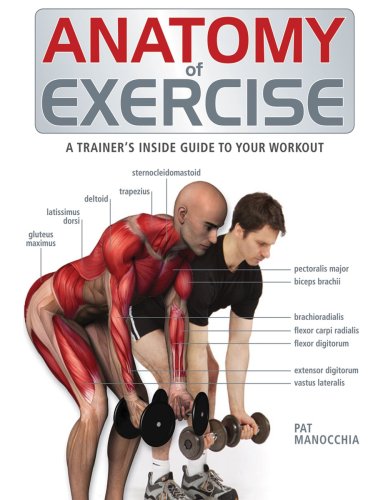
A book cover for Anatomy of Exercise: A Trainer's Inside Guide to Your Workout; Pat Manocchia; Sports & Outdoors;